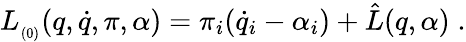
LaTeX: L_{_{(0)}}(q,\dot{q},\pi,\alpha)=\pi_{i}(\dot{q}_{i}-\alpha_{i})+\hat{L}(q,\alpha)\; .